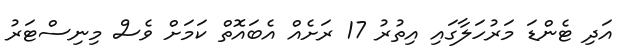
އަދި ޓެންޑަ މަރުހަލާގައި އިތުރު 17 ރަށެއް އެބައޮތް ކަމަށް ވެސް މިނިސްޓަރު